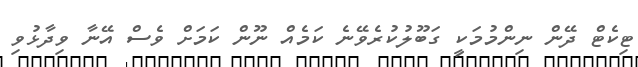
ޓިކެޓް ދޭން ނިންމުމަކީ ގަބޫލުކުރެވޭނެ ކަމެއް ނޫން ކަމަށް ވެސް އޭނާ ވިދާޅުވި